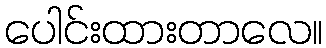
ပေါင်းထားတာလေ။